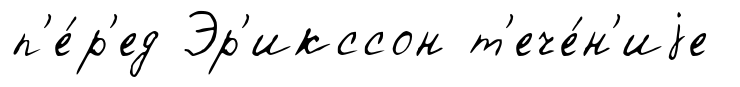
п'е́р'ед Эр'икссон т'ече́н'иjе